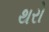
થરો